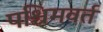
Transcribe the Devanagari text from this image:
पश्चिमवर्त